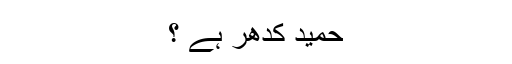
حمید کدھر ہے ؟